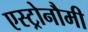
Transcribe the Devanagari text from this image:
एस्ट्रोनौमी